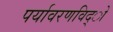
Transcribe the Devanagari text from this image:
पर्यावरणविद्ो